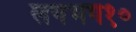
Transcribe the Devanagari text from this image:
लगभग१०